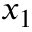
x _ { 1 }